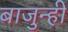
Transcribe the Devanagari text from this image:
बाजुन्ही